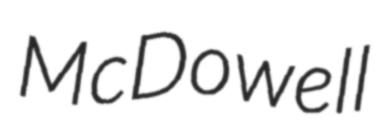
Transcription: McDowell